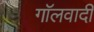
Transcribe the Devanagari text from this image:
गॉलवादी